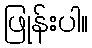
ဖြုန်းပါ။